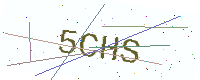
Text: 5CHS